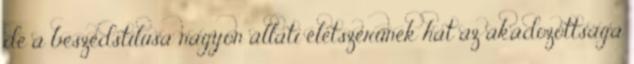
de a beszédstílusa nagyon állati életszerűnek hat az akadozottsága